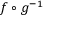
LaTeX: f \circ g ^ { - 1 }